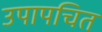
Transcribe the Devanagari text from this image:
उपापचित